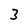
Character: 3